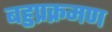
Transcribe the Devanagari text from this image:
बहुप्रक्रमण